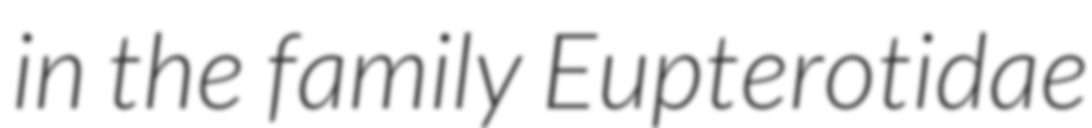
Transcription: in the family Eupterotidae